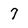
Character: 7